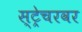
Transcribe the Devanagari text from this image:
स्ट्रेचरवर